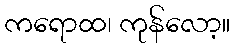
ကရောထ၊ ကုန်လော့။